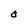
Character: 0